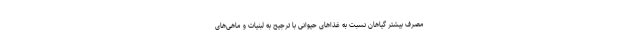
مصرف بیشتر گیاهان نسبت به غذاهای حیوانی با ترجیح به لبنیات و ماهی‌های